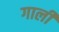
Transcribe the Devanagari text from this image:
गालीं